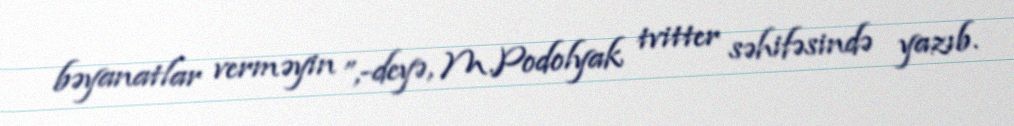
bəyanatlar verməyin ”,-deyə, M.Podolyak tvitter səhifəsində yazıb.